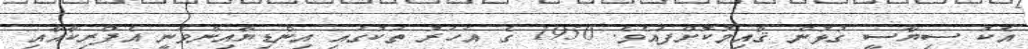
އެކު ސިޔާސީ ގުޅުން ޤާއިމުކޮށްފައެވެ. 1950 ގެ އަހަރު ތަކުގައި އިންޑިޔާއިންވަނީ އެފްރިކާއާއި